Report on plague and inoculation in the Punjab from October 1st ... to September 30th..., being the ... season of plague in the province
Disease focus: Plague
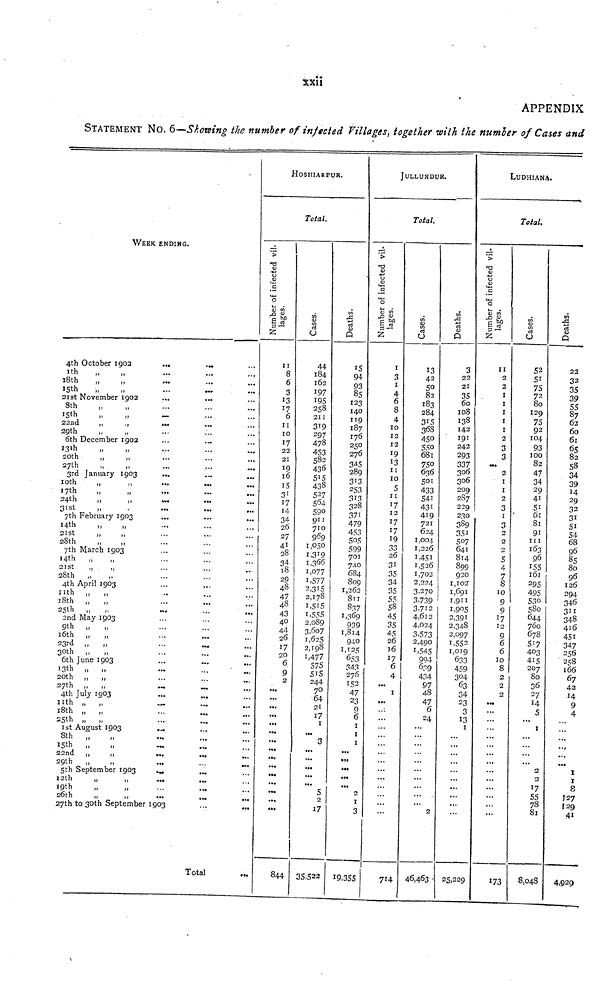
xxii
APPENDIX
STATEMENT NO. 6—Showing the number of injected Villages, together with the numler of Cases and
WEEK ENDING.
4th October 1902
...
...
1th
„
„ ... ...
18th
15th
„
„
...
;;;
21st November 1902 ... ...
8th
„
„
15th
„
„
...
...
...
22nd
„
,,
29th
„
„
...
...
...
6th December 1902 ... ...
13th
„
„
...
...
....
20th
,,
„ ... ...
27th
„
,,
...
...
...
3rd January 1903
... ...
10th
„ "
17th
,,
„
...
...
...
24th
„
,,
31st
„
.
...
...
...
7th February 1903
...
14th
,,
„
...
...
...
21st
,,
,,
28th
„
„
...
...
...
7th March 1903
14th
„ "
2ISt
„
„
28th
„
„
...
...
...
4th April 1903
11th „ "
18th „
„ ...
25th „
„
...
...
;;;
2nd May 1903
9th „
„ ...
16th „ "
2 3rd
„
30th ,,
„
...
...
...
6th June 1903
13th „ „
...
...
...
20th „ „
27th „ „
...
...
4th July 1903 ...
11th „ „
...
...
18th „ „
25th „ „
...
...
;;;
1st August 1903 ... ...
8th
...
15th „
„
...
...
22nd „
„
29th „
„
...
...
...
5th September 1903
...
...
12th
„
,,
...
...
19th
„
„ ... ...
26th
„
„
...
...
...
27th to 30th September 1903 ...
Total
HOSHIARPUR.
Total.
Number of infected villages.
11
8
6
3
13
17
6
I I
10
17
22
21
10
16
15
31
31
17
17
14
14
34.
26
27
41
28
34
10
29
29
48
40
47
47
48
43
44 40
A \
44
26
I7
y
••.
•••
...
...
...
•••
...
•••
...
•••
...
844
Cases.
44
184
162
107
195
258
211
319
297
478
453
43°5
15
438
527
5 6 4
390
911
710
969
1,050
1,319
1,300
1,077
1,577
2,315
2,178
2,170
1,555
2,009
3,007
1, 625
1,625
2,198
1,477
575
575
515
244
70
04
21
17
I
3
•••
...
...
...
...
S
2
T7
35,522
Deaths.
15
94
93
85
123
140
119
187
176
250
276 276
345
289
313
253
313
328
371
479
453
505
599
701
74.0
684
809
1,262
8TI
837
1,369
939
1,814
940
1,125
343
276
152
47
23
9
6
1
1
1
...
...
...
...
...
2
1
3
19,355
J ULLUNDUR.
Total.
Number of infected villages.
I
0
1
4
6
8
4
10
12
12
10
13
11
10
5
11
17
12
1 7
17
19
33
26
31
35
34
35
55
58
45
35
45
26
16
17
6
4
...
1
...
...
714
Cases.
13
42
50
82
183
283
284
315
368
450
550
750
636
501
433
541
431
419
721
624
1,004
1,226
1,451
1,526
1,702
2,224
3,270
3,739
3,712
4,612
4,024
3,573
2,4Q0
1,545
994
639
434
97
48
47
6
24
• ••
2
46,463 .
Deaths.
3
22
21
35
00
108 100
138
142
191
242
293
337
306
306
209
287
229
230
389
351
507
641
814
899
920
1,102:
1,691
1,911
1,905
2,391
2,348
2,097
1,552
1,019
633
459
304
63
34
23
3
13
1
...
...
25,229
LUDHIANA.
Total.
Number of infected villages.
11
2
2
I
I
I
I
I
2
3
3
•••
2
1
1
2
3
1
3
2
2
2
5
4
7
8
10
9
9
17
12
9
6
6
10
8
2
2
2
• ••
...
I73
Cases.
52
51
75
72
80
80
129
75
92
104
93
100
82
47
34
29
41
51
61
81
91
111
163
96
155
161
295
495
530
580
644
760
678
517
403
415
207
80
36
27
14
5
1
...
2
2
17
55
78
81
8,048
Deaths.
22
32
35
39
55
87
62
60
61
65
82
58
34
39
14
29
32
31
51
54
68
96
85
80
96
126
294
346
311
311
348
416
451
347
256
258
166
67
42
14
9
4
...
z
t
1
8
P27
127
129
41
4,929